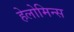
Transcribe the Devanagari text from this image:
हेलोमिन्स